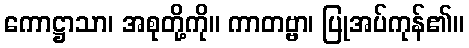
ကောဋ္ဌာသာ၊ အစုတို့ကို။ ကာတဗ္ဗာ၊ ပြုအပ်ကုန်၏။